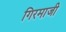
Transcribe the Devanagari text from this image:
गिरमाजी